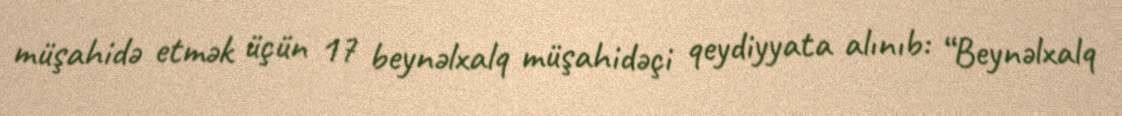
müşahidə etmək üçün 17 beynəlxalq müşahidəçi qeydiyyata alınıb: “Beynəlxalq